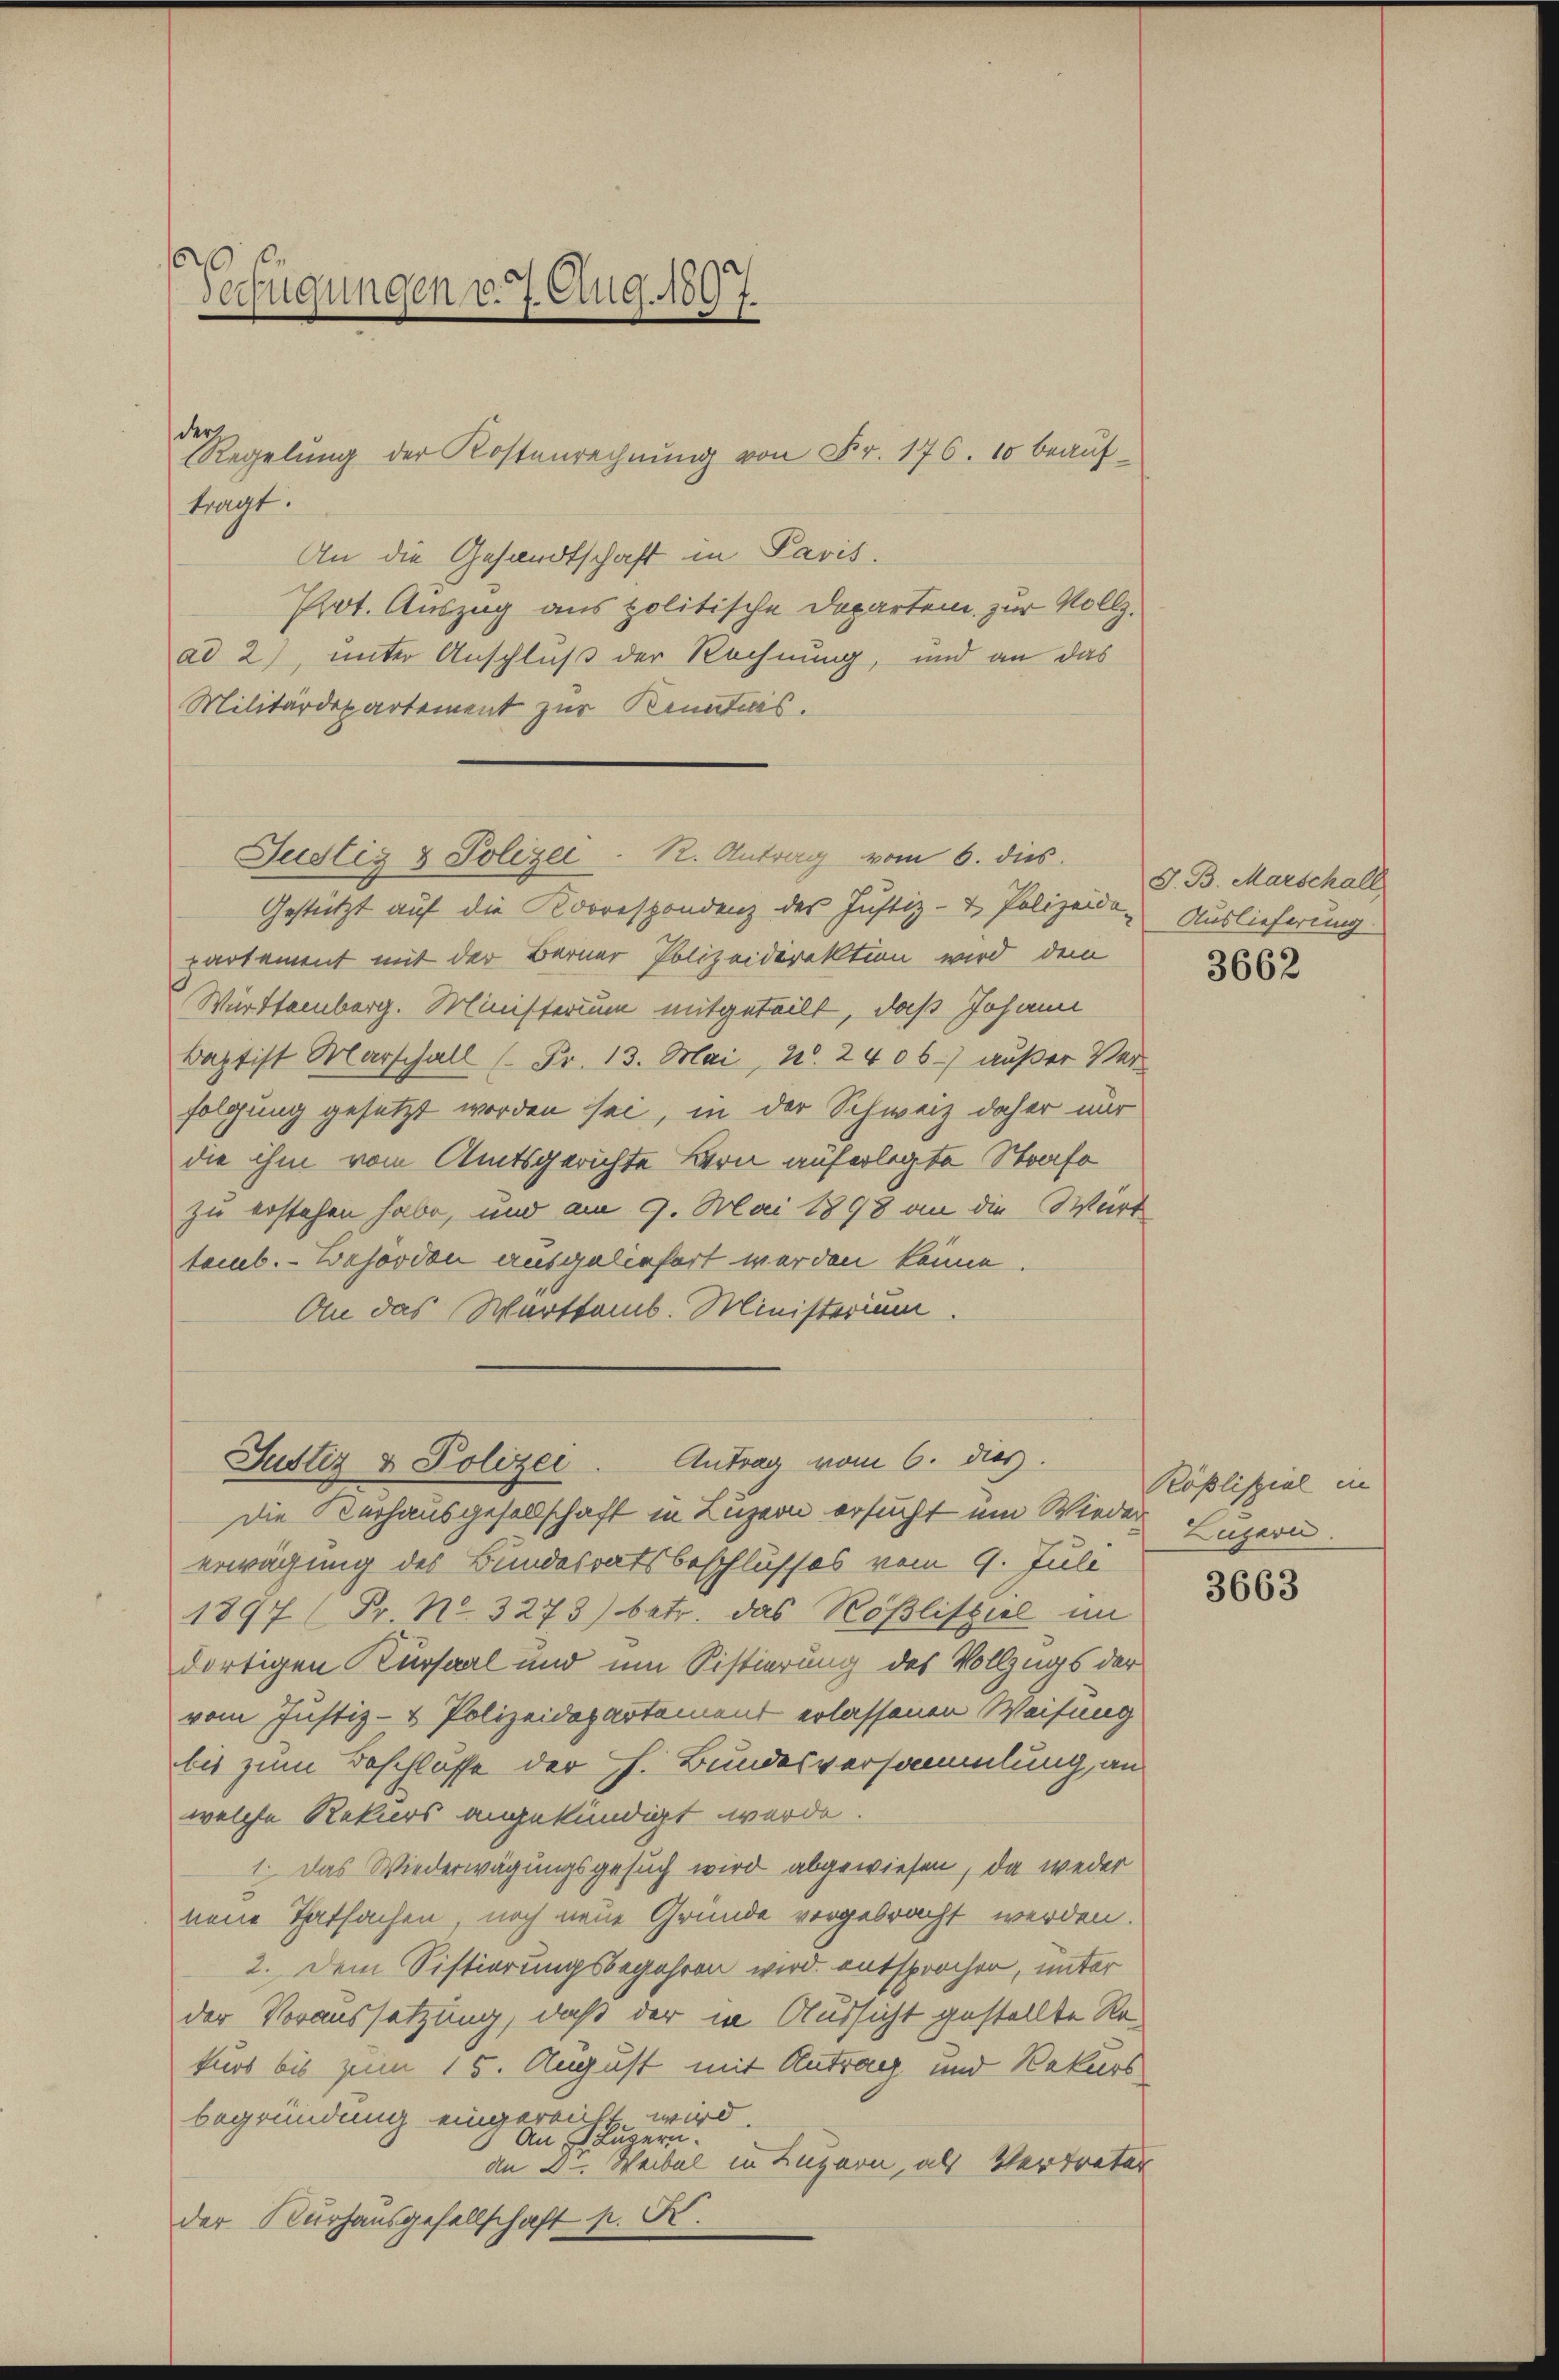
Verfügungen v. 7. Aug. 1897.

der

tragt:
An die Gesandtschaft in Pavis.
Prot. Auszug aus politische Departen zur Vollz.
ad 2), unter Anschluß der Rechnung, und an das
Militärdepartement zur Kenntnis.

Regelung der Kostenrechnung von Fr. 176. 10 beauf¬

Gestützt auf die Korrespondenz des Justiz- & Polizeide Auslieferung
partement mit der Berner Polizeidirektion wird dem
Württemberg. Ministerium mitgeteilt, daß Johann
Baptist Marschall ( Fr. 13. Mai, 2. 2405) außer Verfolgung gesetzt worden sei, in der Schweiz daher nur
die ihm vom Amtsgerichte Bern auferlegte Strafe
zu erstehen habe, und am 9. Mai 1878 an die Würt
temb. Behörden ausgeliefert werden könne.
An das Warttemb. Ministerium

erwägung des Bundesratsbeschlusses vom 9. Juli
1897 (Fr. No. 3273) betr. das Rößlispiel im
dortigen Kursaal und um Sistierung des Vollzugs der
vom Justiz- & Polizeidepartement erlassenen Weisung
bis zum Beschlusse der Ch. Bundesversammlung, an
welche Rekurs angekündigt wurde.
1. Das Wiederwägungsgesuch wird abgewiesen, da weder
neue Thatsachen, noch neue Gründe vorgebracht werden.
2. Dem Sistierungsbegehren wird entsprochen, unter
der Voraussetzung, daß der in Aussicht gestellte Rekurs bis zum 15. August mit Antrag und Rekurs
begründung eingereicht wird.
An Luzern.
an Dr. Weibel in Luzern, als Vertreter
der Kurhausgesellschaft p. R.

Justiz & Polizei. R. Antrag vom 6. dies

Justiz & Polizei. Antrag vom 6. dies
Die Verhausgesellschaft in Luzern ersucht um Wieder

S. B. Marschall

3662

Köslispiel in
Luzern.

3663